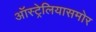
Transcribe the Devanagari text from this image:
ऑस्ट्रेलियासमोर